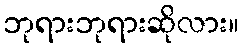
ဘုရားဘုရားဆိုလား။